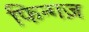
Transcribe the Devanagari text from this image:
फिन्गज़